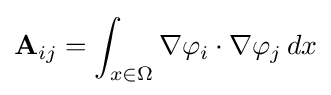
\mathbf {A} _{ij}=\int _{x\in \Omega }\nabla \varphi _{i}\cdot \nabla \varphi _{j}\,dx